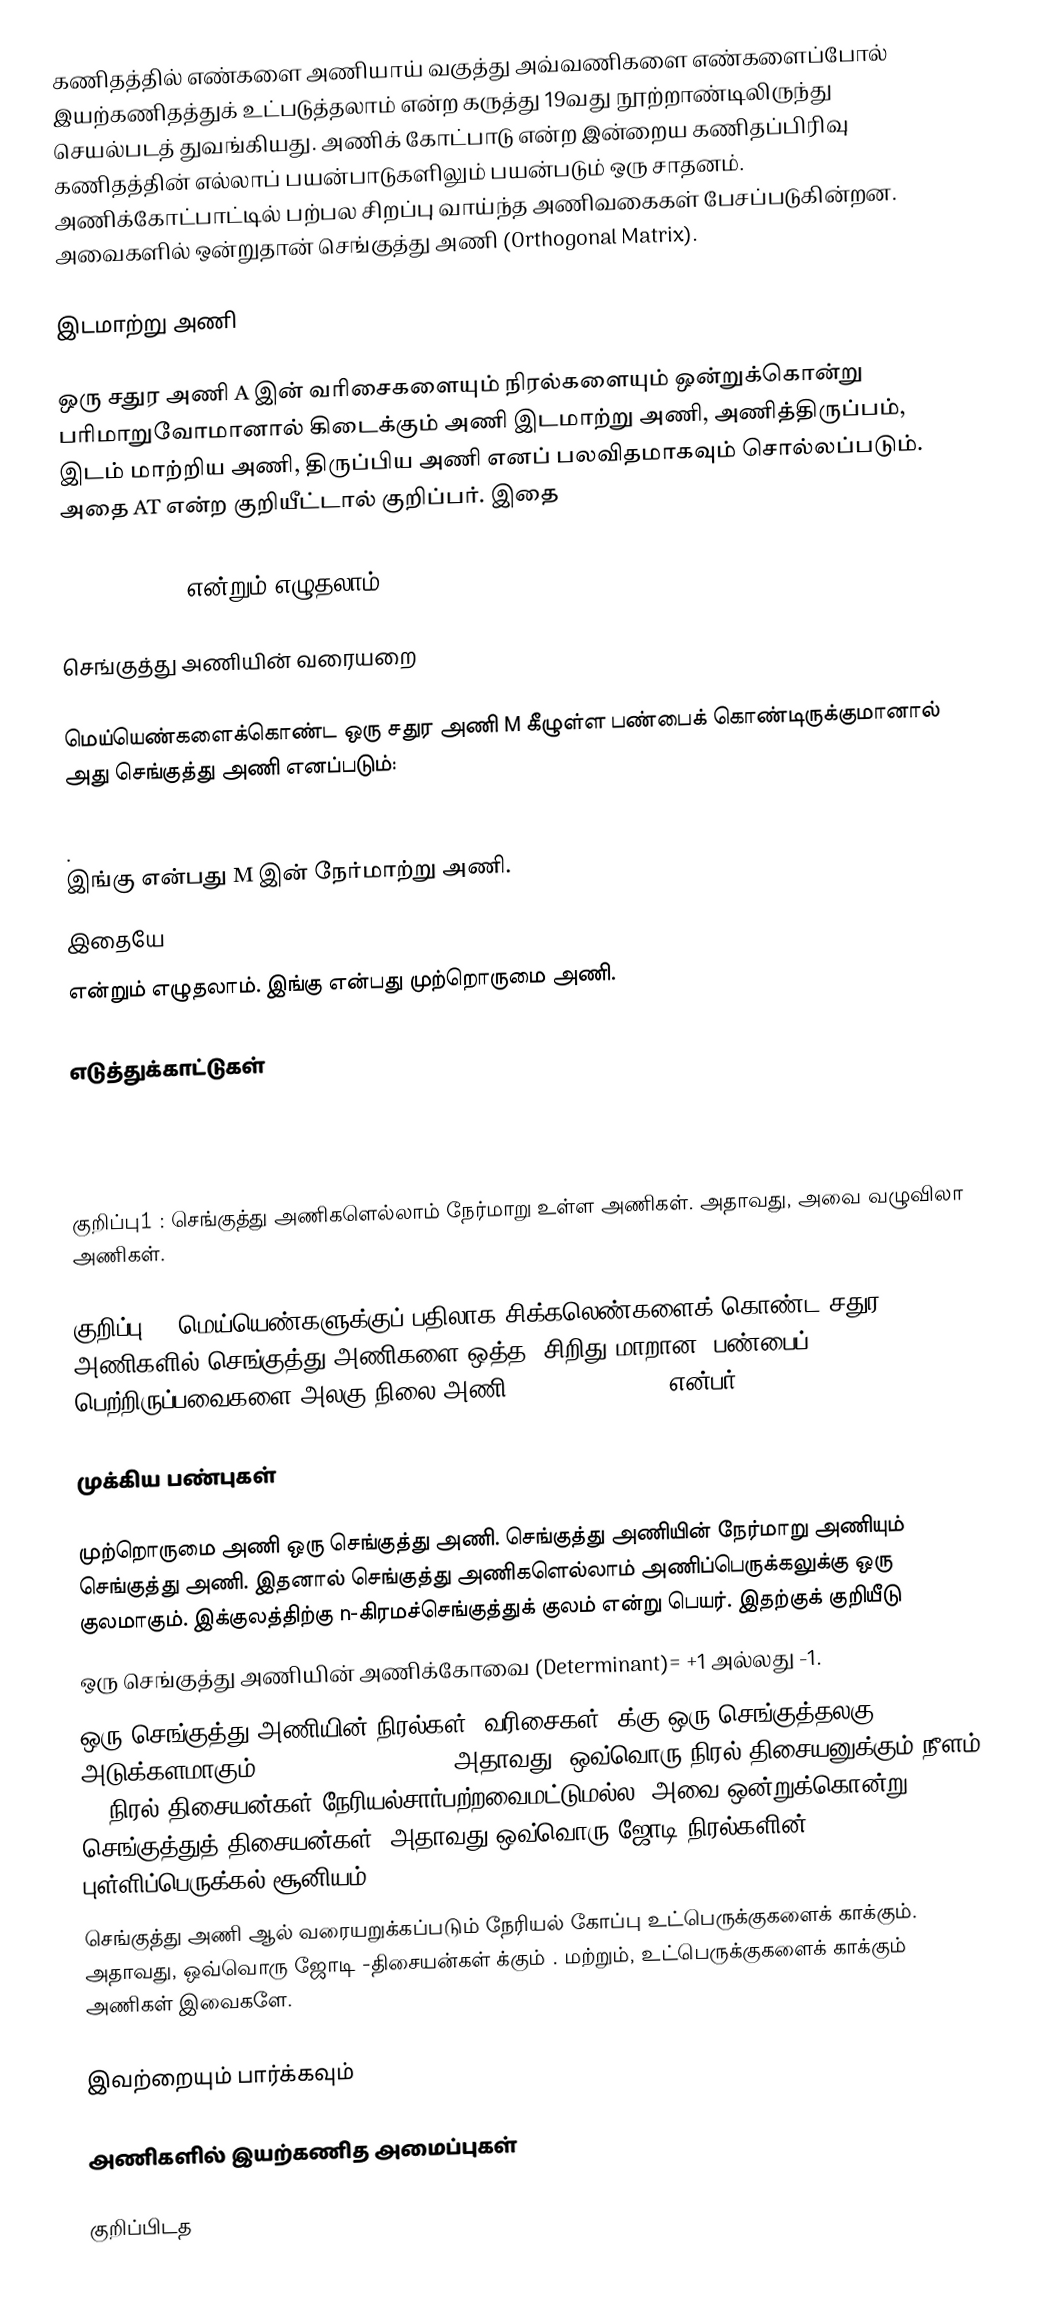
கணிதத்தில் எண்களை அணியாய் வகுத்து அவ்வணிகளை எண்களைப்போல் இயற்கணிதத்துக் உட்படுத்தலாம் என்ற கருத்து 19வது நூற்றாண்டிலிருந்து செயல்படத் துவங்கியது. அணிக் கோட்பாடு என்ற இன்றைய கணிதப்பிரிவு கணிதத்தின் எல்லாப் பயன்பாடுகளிலும் பயன்படும் ஒரு சாதனம். அணிக்கோட்பாட்டில் பற்பல சிறப்பு வாய்ந்த அணிவகைகள் பேசப்படுகின்றன. அவைகளில் ஒன்றுதான் செங்குத்து அணி (Orthogonal Matrix).

இடமாற்று அணி

ஒரு சதுர அணி A இன் வரிசைகளையும் நிரல்களையும் ஒன்றுக்கொன்று பரிமாறுவோமானால் கிடைக்கும் அணி  இடமாற்று அணி, அணித்திருப்பம்,  இடம் மாற்றிய அணி, திருப்பிய அணி எனப் பலவிதமாகவும் சொல்லப்படும். அதை  AT என்ற குறியீட்டால் குறிப்பர். இதை

AT = ()T = () என்றும் எழுதலாம்.

செங்குத்து அணியின் வரையறை

மெய்யெண்களைக்கொண்ட ஒரு சதுர அணி M கீழுள்ள பண்பைக் கொண்டிருக்குமானால் அது செங்குத்து அணி எனப்படும்:

 .
இங்கு  என்பது M இன் நேர்மாற்று அணி.
இதையே
 என்றும் எழுதலாம். இங்கு  என்பது முற்றொருமை அணி.

எடுத்துக்காட்டுகள்

குறிப்பு1 :  செங்குத்து அணிகளெல்லாம் நேர்மாறு உள்ள அணிகள். அதாவது, அவை வழுவிலா அணிகள்.

குறிப்பு2 : மெய்யெண்களுக்குப் பதிலாக சிக்கலெண்களைக் கொண்ட சதுர அணிகளில்  செங்குத்து அணிகளை ஒத்த (சிறிது மாறான) பண்பைப் பெற்றிருப்பவைகளை  அலகு நிலை அணி (Unitary Matrix) என்பர்.

முக்கிய பண்புகள்

 முற்றொருமை அணி ஒரு செங்குத்து அணி. செங்குத்து அணியின் நேர்மாறு அணியும் செங்குத்து அணி. இதனால்  செங்குத்து அணிகளெல்லாம் அணிப்பெருக்கலுக்கு ஒரு குலமாகும். இக்குலத்திற்கு  n-கிரமச்செங்குத்துக் குலம் என்று பெயர். இதற்குக் குறியீடு
 ஒரு செங்குத்து அணியின் அணிக்கோவை (Determinant)= +1 அல்லது -1.
 ஒரு  செங்குத்து அணியின் நிரல்கள் (வரிசைகள்)  க்கு ஒரு செங்குத்தலகு அடுக்களமாகும் (Orthonormal basis). அதாவது, ஒவ்வொரு நிரல் திசையனுக்கும் நீளம் 1; நிரல் திசையன்கள் நேரியல்சார்பற்றவைமட்டுமல்ல; அவை ஒன்றுக்கொன்று செங்குத்துத் திசையன்கள், அதாவது ஒவ்வொரு ஜோடி நிரல்களின் புள்ளிப்பெருக்கல் சூனியம்.
  செங்குத்து அணி  ஆல் வரையறுக்கப்படும் நேரியல் கோப்பு உட்பெருக்குகளைக் காக்கும். அதாவது, ஒவ்வொரு ஜோடி -திசையன்கள்   க்கும்  . மற்றும், உட்பெருக்குகளைக் காக்கும் அணிகள் இவைகளே.

இவற்றையும் பார்க்கவும்

அணிகளில் இயற்கணித அமைப்புகள்

குறிப்பிடத